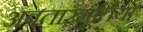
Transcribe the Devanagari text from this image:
अवतारमूर्तियों